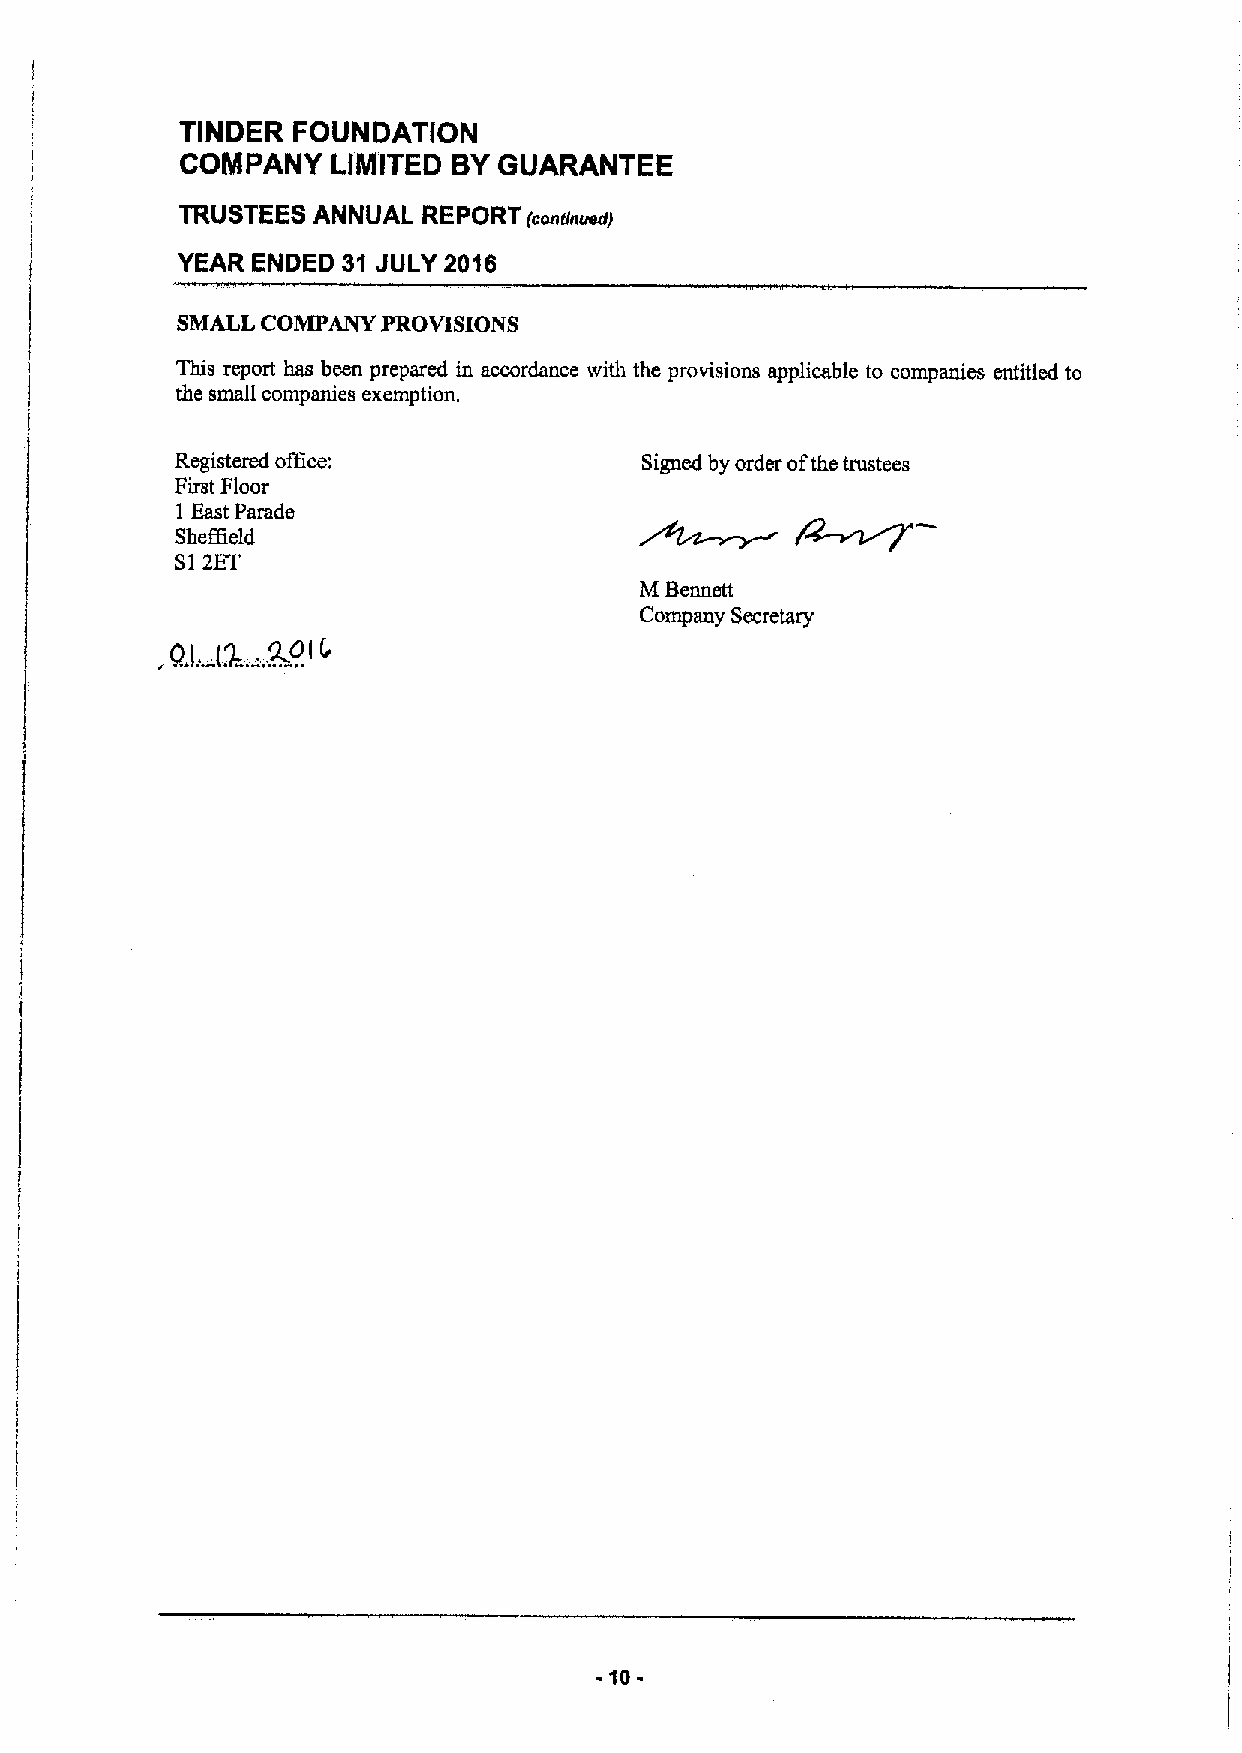
TINDER FOUNDATION
 COMPANY   LIMITED BYGUARANTEE
 TRUSTEES ANNUAL REPORT (ccnttnucdl
 YEAR ENDED 31 JULY 2016
 SMALL COMPANY PROVISIONS
 This report has been prepared in accordance with the provisions applicable to companies entitled to
 the small companies exemption.
 Registered office:             Signed by order ofthe trustees
 First Floor
 l East Parade                                vg
 Sheffleld
 Sl 2ET
 M Bennett
 Company Secretary
 -10